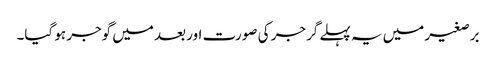
برصغیر میں یہ پہلے گرجر کی صورت اور بعد میں گوجر ہو گیا۔